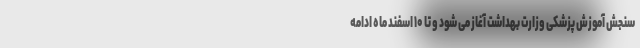
سنجش آموزش پزشکی وزارت بهداشت آغاز می شود و تا ۱۰ اسفند ماه ادامه